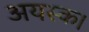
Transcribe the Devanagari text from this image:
अयस्क।